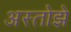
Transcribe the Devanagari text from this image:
अस्तोझे